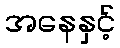
အနေနှင့်